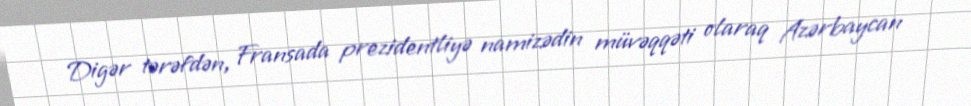
Digər tərəfdən, Fransada prezidentliyə namizədin müvəqqəti olaraq Azərbaycan